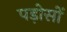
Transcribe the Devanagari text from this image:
पड़ोसों